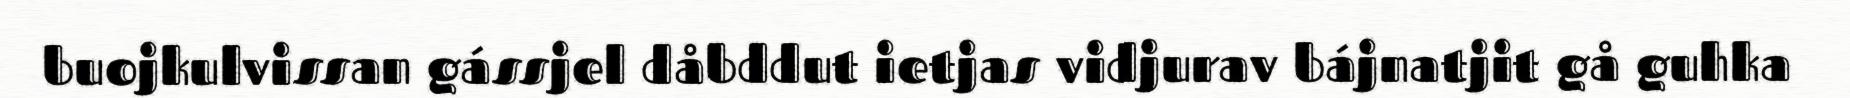
buojkulvissan gássjel dåbddut ietjas vidjurav bájnatjit gå guhka